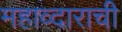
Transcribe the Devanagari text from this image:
महाव्दाराची